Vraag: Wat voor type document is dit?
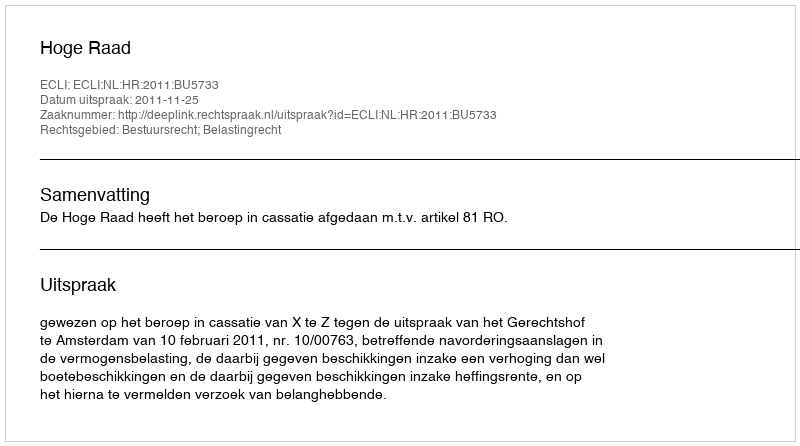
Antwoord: Uitspraak